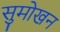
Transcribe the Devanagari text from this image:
सुमोखन